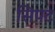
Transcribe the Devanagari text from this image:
सिपट